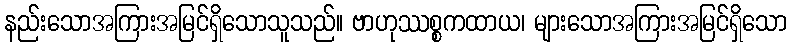
နည်းသောအကြားအမြင်ရှိသောသူသည်။ ဗာဟုဿစ္စကထာယ၊ များသောအကြားအမြင်ရှိသော